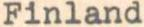
Finland